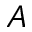
A